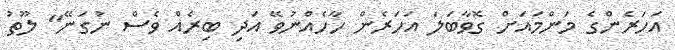
އަހަރެންގެ މަންމައަށް ގޮވާބަލަ އަހަރެން ހާހެއްނުވޭ އަދި ބިރެއް ވެސް ނުގަނޭ" ލޫތު